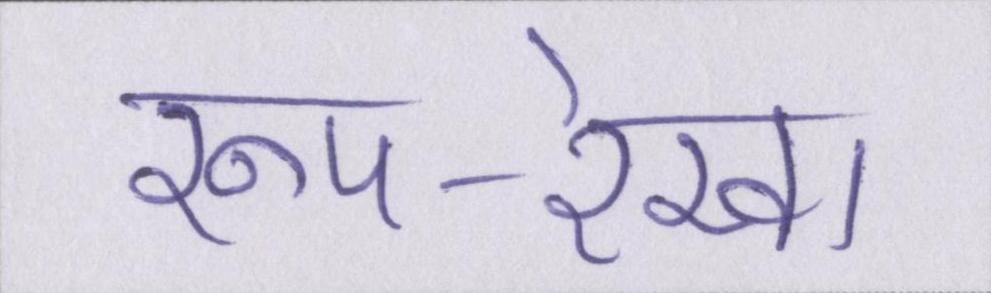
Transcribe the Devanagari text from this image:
रूप-रेखा